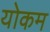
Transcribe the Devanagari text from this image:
योकम